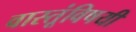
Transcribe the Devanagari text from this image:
वास्तूंविषयी